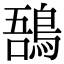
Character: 𪁙